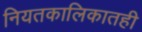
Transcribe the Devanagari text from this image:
नियतकालिकातही